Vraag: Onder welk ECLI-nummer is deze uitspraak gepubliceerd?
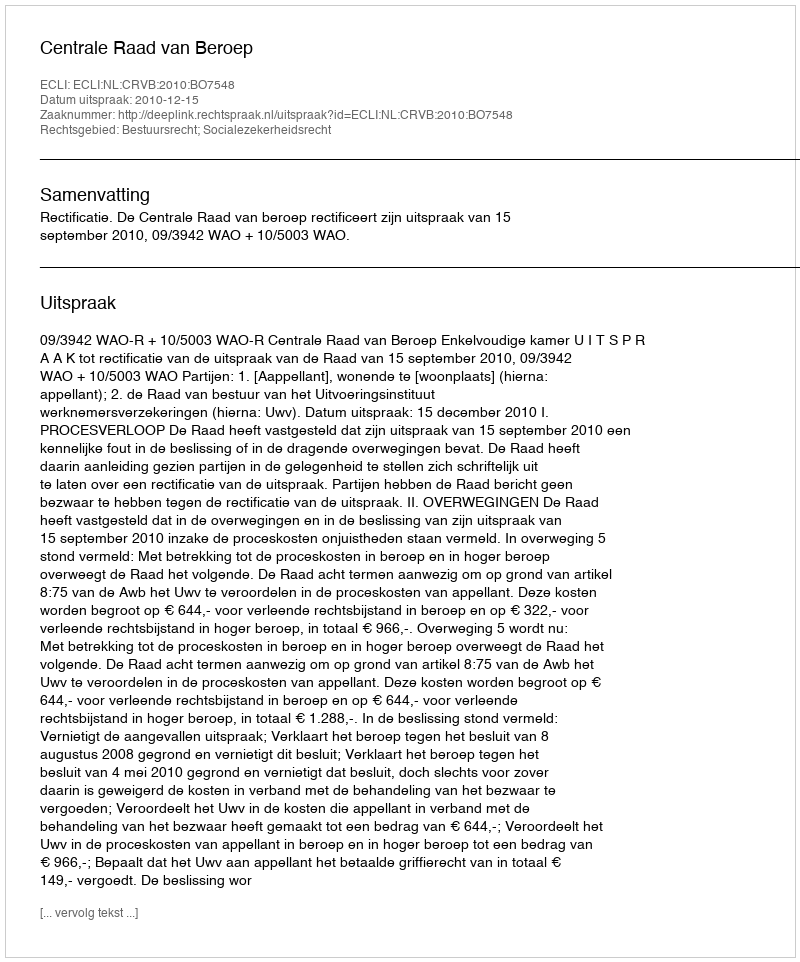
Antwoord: ECLI:NL:CRVB:2010:BO7548